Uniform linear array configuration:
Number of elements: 32
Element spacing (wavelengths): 0.5
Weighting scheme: uniform
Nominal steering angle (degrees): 15
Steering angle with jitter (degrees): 13.21
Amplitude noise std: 0.05
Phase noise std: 0.05

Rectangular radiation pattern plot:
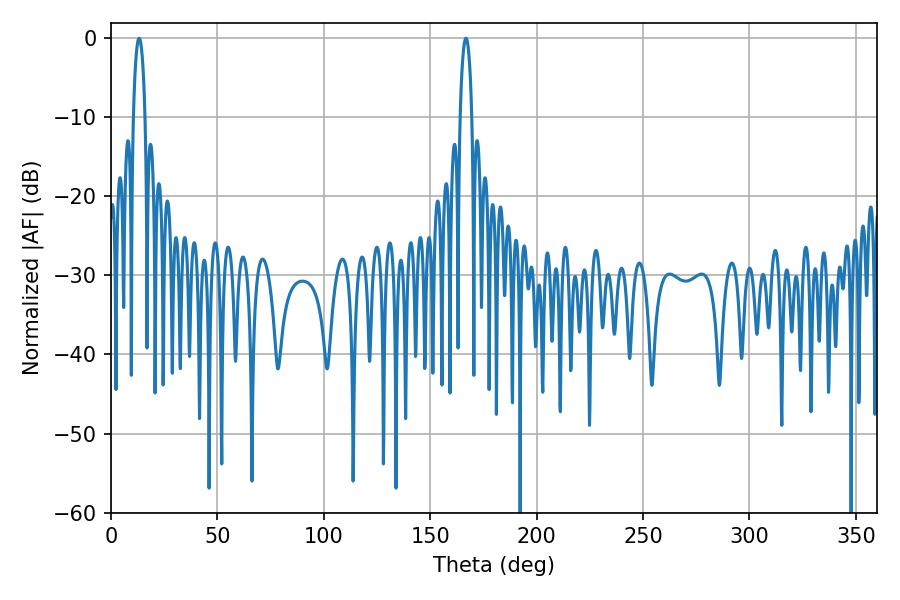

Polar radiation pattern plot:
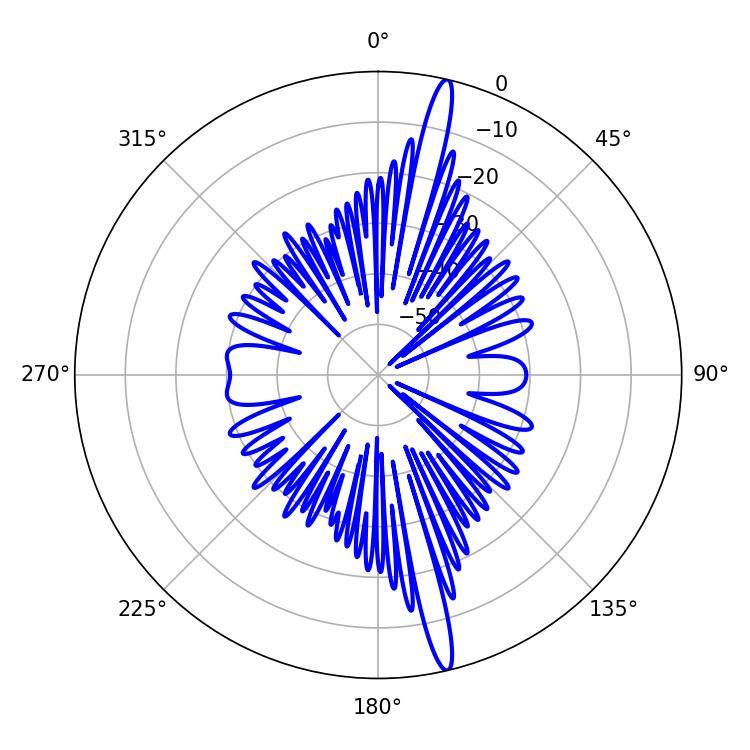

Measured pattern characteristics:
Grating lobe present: FALSE
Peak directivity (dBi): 18.421
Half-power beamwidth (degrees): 3.06
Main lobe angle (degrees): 13.14